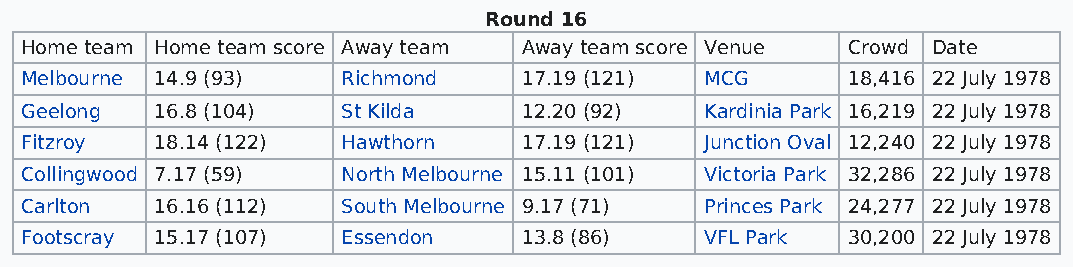
Round 16
 Home team Home team score Away team Away team score Venue Crowd Date
 Melbourne 14.9 (93)   Richmond    17.19 (121) MCG      18,416 22 July 1978
 Geelong  16.8 (104)   St Kilda    12.20 (92)  Kardinia Park 16,219 22 July 1978
 Fitzroy  18.14 (122)  Hawthorn    17.19 (121) Junction Oval 12,240 22 July 1978
 Collingwood 7.17 (59) North Melbourne 15.11 (101) Victoria Park 32,286 22 July 1978
 Carlton  16.16 (112)  South Melbourne 9.17 (71) Princes Park 24,277 22 July 1978
 Footscray 15.17 (107) Essendon    13.8 (86)   VFL Park 30,200 22 July 1978